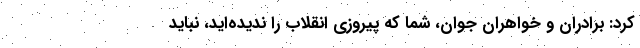
کرد: برادران و خواهران جوان، شما که پیروزی انقلاب را ندیده‌اید، نباید